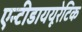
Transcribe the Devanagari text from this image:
एन्टीडाययूरेटिक